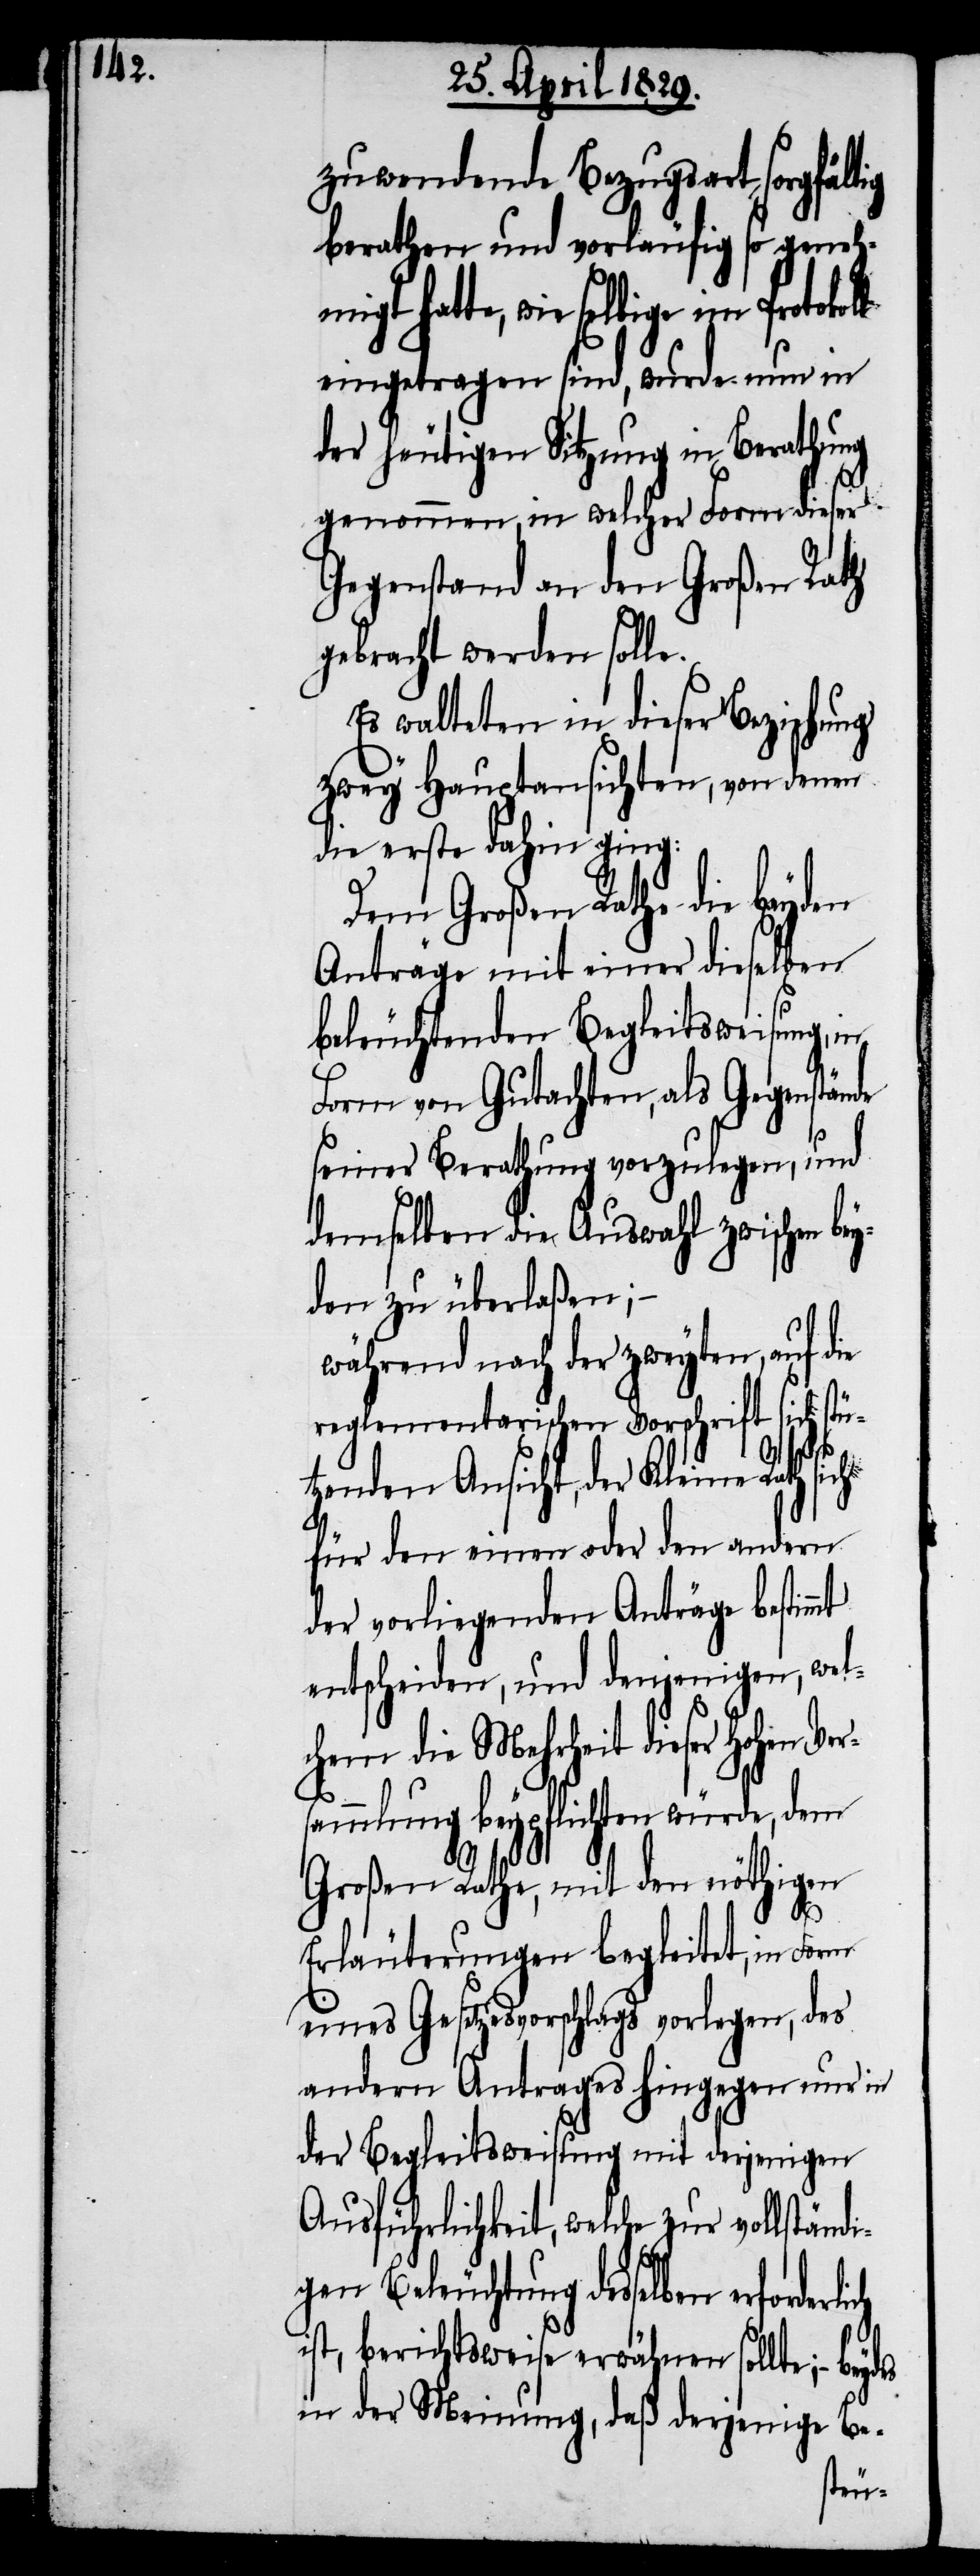
zuwendende Bezugsart sorgfält¬
berathen und vorläufig so genehm¬
igt hatte, wie selbige im Protoko¬
eingetragen sind, wurde nun in
der heutigen Sitzung in Berathung
genommen, in welcher Form dieser
Gegenstand an den Großen Rath
gebracht werden solle.
Es walteten in dieser Beziehung
zwey Hauptansichten, von denen
die erste dahin ging:
Dem Großen Rathe die beyden
Anträge mit einer dieselben
beleuchtenden Begleitsweisung, in
Form von Gutachten, als Gegenstände
seiner Berathung vorzulegen, und
demselben die Auswahl zwischen
den zu überlaßen;–
während nach der zweyten, auf die
reglementarischen Vorschrift sich stü¬
tzenden Ansicht, der Kleine Rath
für den einen oder den andern
der vorliegenden Anträge bestimmt
entscheiden, und denjenigen, wel¬
chem die Mehrheit dieser hohen Ve¬
ich
sammlung beypflichten würden,
gen
Großen Rathe, mit den nöthi¬
ll
Erläuterungen begleitet, in Form
eines Gesetzesvorschlags vorlegen, des
andern Antrages hingegen nur in
der Begleitsweisung mit derjenigen
Ausführlichkeit, welche zur vollständi¬
gen Beleuchtung desselben erforderl¬
ist, berichtsweise erwähnen sollte;– bey¬
in der Meinung, daß derjenige Be-
des